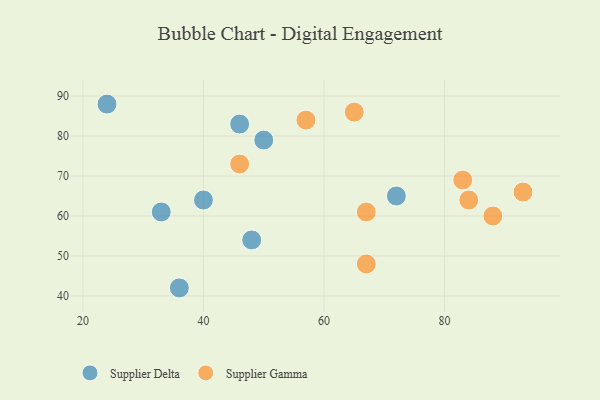
{"axis": {"x": "GDP", "y": "Life Expectancy"}, "legend": ["Supplier Delta", "Supplier Gamma"], "data": [{"x": "72", "y": 65, "type": "Supplier Delta"}, {"x": "50", "y": 79, "type": "Supplier Delta"}, {"x": "33", "y": 61, "type": "Supplier Delta"}, {"x": "46", "y": 83, "type": "Supplier Delta"}, {"x": "36", "y": 42, "type": "Supplier Delta"}, {"x": "40", "y": 64, "type": "Supplier Delta"}, {"x": "24", "y": 88, "type": "Supplier Delta"}, {"x": "48", "y": 54, "type": "Supplier Delta"}, {"x": "83", "y": 69, "type": "Supplier Gamma"}, {"x": "46", "y": 73, "type": "Supplier Gamma"}, {"x": "88", "y": 60, "type": "Supplier Gamma"}, {"x": "65", "y": 86, "type": "Supplier Gamma"}, {"x": "67", "y": 48, "type": "Supplier Gamma"}, {"x": "67", "y": 61, "type": "Supplier Gamma"}, {"x": "84", "y": 64, "type": "Supplier Gamma"}, {"x": "57", "y": 84, "type": "Supplier Gamma"}, {"x": "93", "y": 66, "type": "Supplier Gamma"}]}